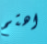
اهتم